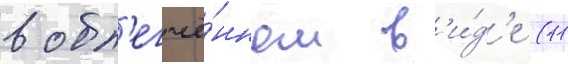
в обл'егчё́нном в'и́д'е (11